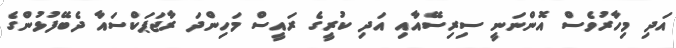
އަދި މިހާރުވެސް އޮންނަނީ ސިރިސޭއާއި އަދި ކުރީގެ ރައީސް މަހިންދަ ރާޖަޕަކްސައާ ދެބޭފުޅުންގެ